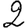
Digit: 2